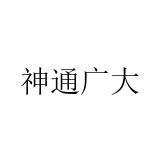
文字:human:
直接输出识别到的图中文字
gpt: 神通广大